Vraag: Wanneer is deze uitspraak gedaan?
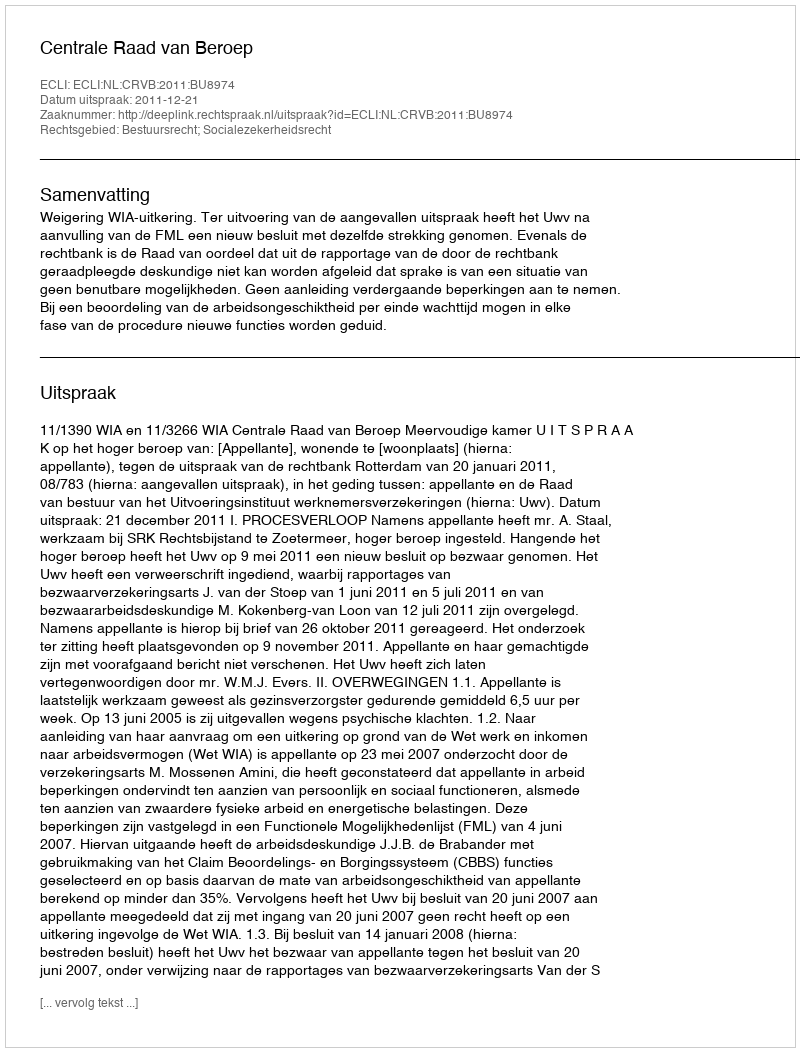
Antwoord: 2011-12-21